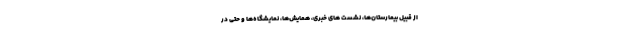
از قبیل بیمارستان‌ها، نشست های خبری، همایش‌ها، نمایشگاه‌ها و حتی در